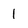
Character: 1